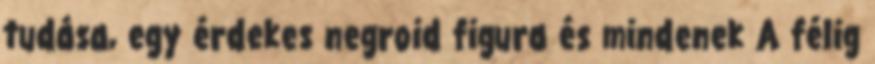
tudása, egy érdekes negroid figura és mindenek A félig